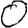
Digit: 0